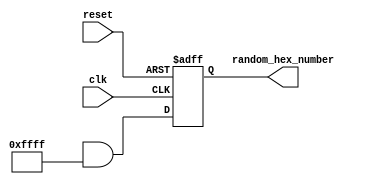
module random_hex_generator (
  input wire clk,
  input wire reset,
  output reg [15:0] random_hex_number
);

  always @(posedge clk or posedge reset) begin
    if (reset) begin
      random_hex_number <= 16'h0000;
    end else begin
      random_hex_number <= $random & 16'hFFFF; // Mask the random value to keep only 16 bits
    end
  end

endmodule